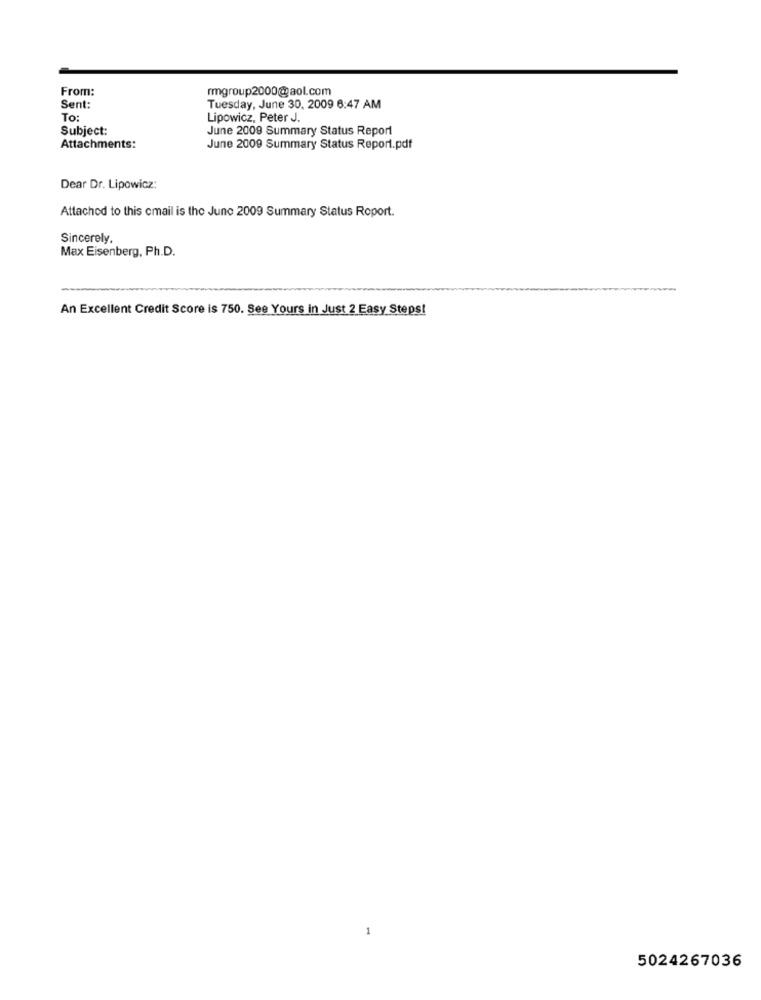
From:
rmgroup2000@aol.com
Sent:
Tuesday, June 30, 2009 6:47 AM
To:
Lipowicz, Peter J.
Subject:
June 2009 Summary Status Report
Attachments:
June 2009 Summary Status Report.pdf
Dear Dr. Lipowicz:
Attached to this email is the June 2009 Summary Status Report.
Sincerely.
Max Eisenberg, Ph.D.
An Excellent Credit Score is 750. See Yours in Just 2 Easy Steps!
5024267036